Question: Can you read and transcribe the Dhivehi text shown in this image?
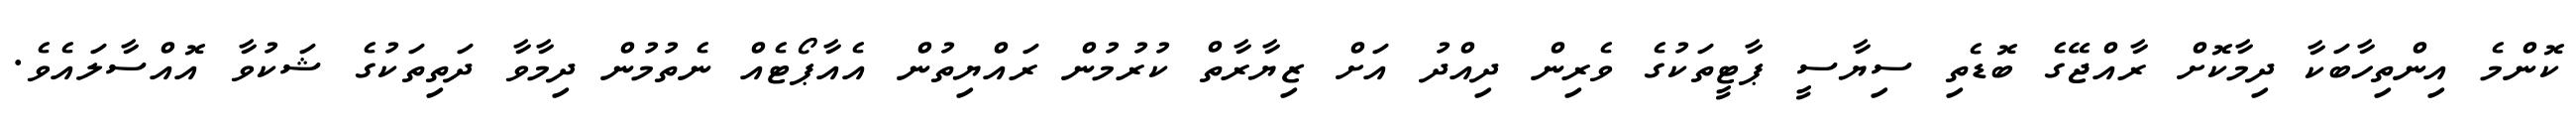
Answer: ކޮންމެ އިންތިހާބަކާ ދިމާކޮށް ރާއްޖޭގެ ބޮޑެތި ސިޔާސީ ޕާޓީތަކުގެ ވެރިން ދިއްދު އަށް ޒިޔާރާތް ކުރުމުން ރައްޔިތުން އެއާޕޯޓެއް ނެތުމުން ދިމާވާ ދަތިތަކުގެ ޝަކުވާ އޮއްސާލައެވެ.